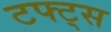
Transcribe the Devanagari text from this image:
टफ्ट्‌स